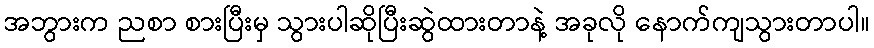
အဘွားက ညစာ စားပြီးမှ သွားပါဆိုပြီးဆွဲထားတာနဲ့ အခုလို နောက်ကျသွားတာပါ။